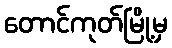
တောင်ကုတ်မြို့မှ